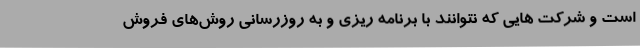
است و شرکت هایی که نتوانند با برنامه ریزی و به روزرسانی روش‌های فروش